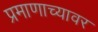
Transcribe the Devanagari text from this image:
प्रमाणाच्यावर